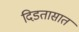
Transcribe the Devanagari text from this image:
दिडतासात